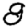
Digit: 8